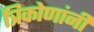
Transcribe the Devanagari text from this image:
त्रिकोणांनी